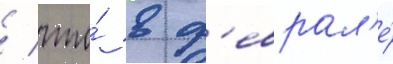
/ что́ в ф'еврал'е́